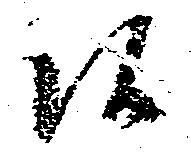
候